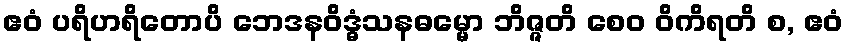
ဧဝံ ပရိဟရိတောပိ ဘေဒနဝိဒ္ဓံသနဓမ္မော ဘိဇ္ဇတိ စေဝ ဝိကိရတိ စ, ဧဝံ